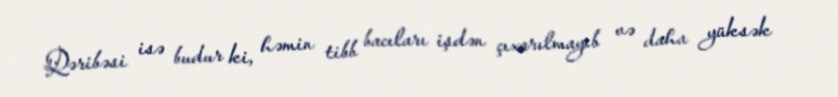
Qəribəsi isə budur ki, həmin tibb bacıları işdən çıxarılmayıb və daha yüksək